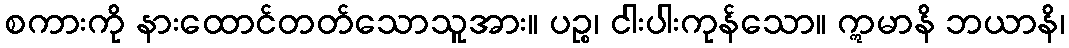
စကားကို နားထောင်တတ်သောသူအား။ ပဉ္စ၊ ငါးပါးကုန်သော။ ဣမာနိ ဘယာနိ၊